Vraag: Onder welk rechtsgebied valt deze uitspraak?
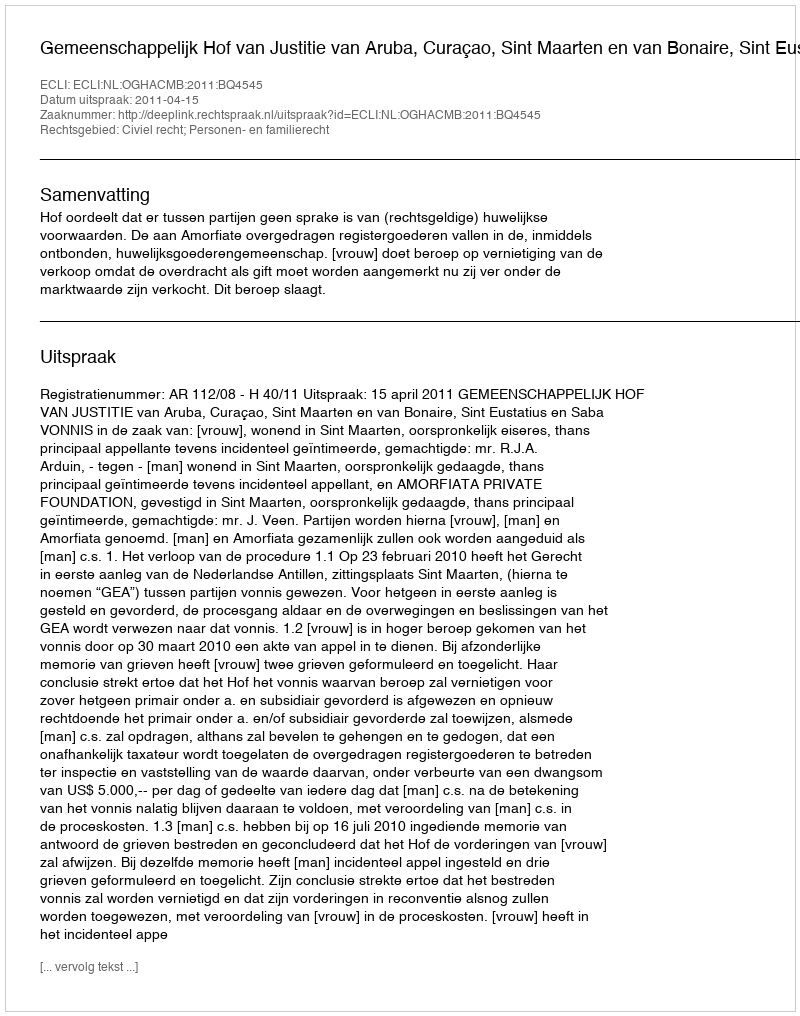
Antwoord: Civiel recht; Personen- en familierecht